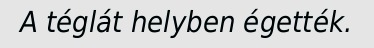
A téglát helyben égették.